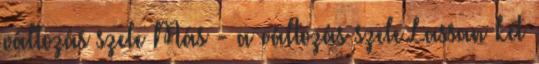
változás szele Más - a változás szele Lassan két